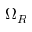
\Omega _ { R }